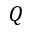
Q